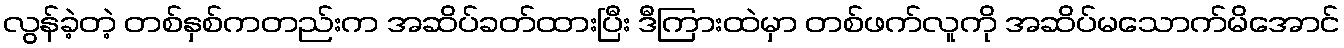
လွန်ခဲ့တဲ့ တစ်နှစ်ကတည်းက အဆိပ်ခတ်ထားပြီး ဒီကြားထဲမှာ တစ်ဖက်လူကို အဆိပ်မသောက်မိအောင်